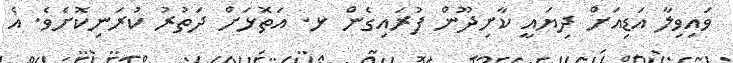
ވައިވިލާ އަޑިއަށް ދިޔައީ ކާށިދޫން ފުރައިގެން ޅ. އަތޮޅަށް ދަތުރު ކުރަނިކޮށެވެ. އެ